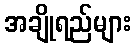
အချိုရည်များ